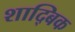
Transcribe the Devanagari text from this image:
शाद्बिक